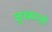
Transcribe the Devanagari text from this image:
कुख्याती